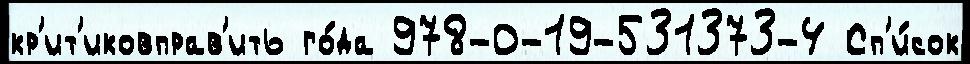
кр'ит'иковправ'ить го́да 978-0-19-531373-4 Сп'и́сок